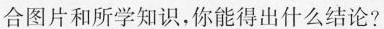
合图片和所学知识，你能得出什么结论?